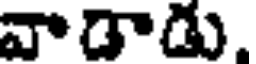
వాడాడు.